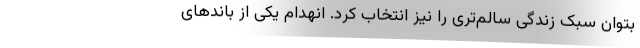
بتوان سبک زندگی سالم‌تری را نیز انتخاب کرد. انهدام یکی از باندهای